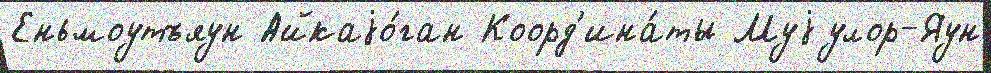
Еньмоутъяун Айкаjо́ган Коорд'ина́ты Муjулор-Яун